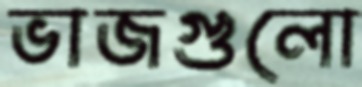
ভাজগুলো